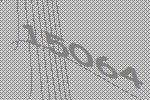
15064